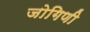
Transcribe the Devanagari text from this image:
जोगिणी